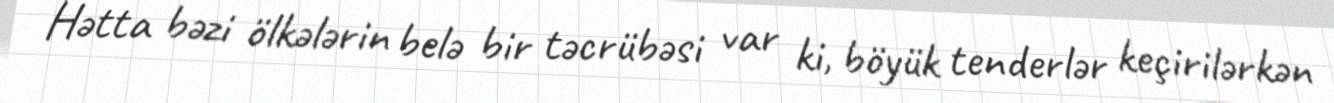
Hətta bəzi ölkələrin belə bir təcrübəsi var ki, böyük tenderlər keçirilərkən